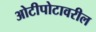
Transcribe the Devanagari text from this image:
ओटीपोटावरील